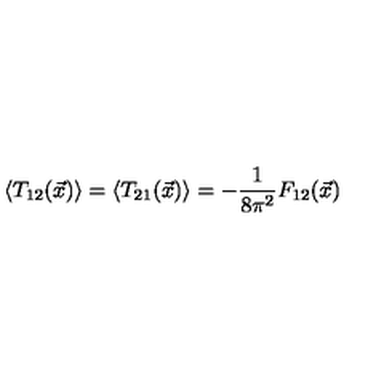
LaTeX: \left\langle T _ { 1 2 } ( \vec { x } ) \right\rangle = \left\langle T _ { 2 1 } ( \vec { x } ) \right\rangle = - \frac { 1 } { 8 \pi ^ { 2 } } F _ { 1 2 } ( \vec { x } )